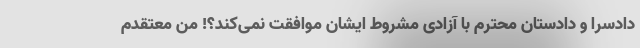
دادسرا و دادستان محترم با آزادی مشروط ایشان موافقت نمی‌کند؟! من معتقدم